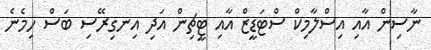
ނާސިން އާއި އިސްލާމިކް ސްޓަޑީޒް އާއި ޓީޗިން އަދި އިނގިރޭސި ބަސް ހިމެނެ